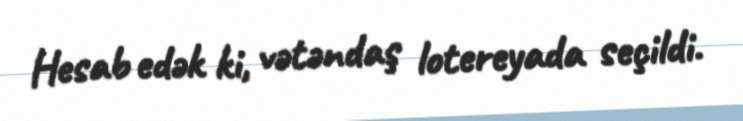
Hesab edək ki, vətəndaş lotereyada seçildi.